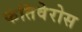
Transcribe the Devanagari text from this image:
फंतिवेरोस